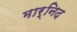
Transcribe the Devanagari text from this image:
मार्निद